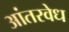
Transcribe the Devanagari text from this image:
आंतरवेध